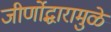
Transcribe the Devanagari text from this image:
जीर्णोद्धारामुळे